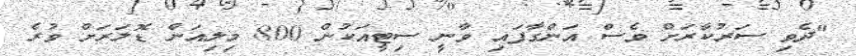
"ދެވި ސަރުކާރަށް ވެސް އަންގާފައި ވާނީ ސިޓީއަކުން 800 މިލިއަން ޑޮލަރަށް ވުރެ